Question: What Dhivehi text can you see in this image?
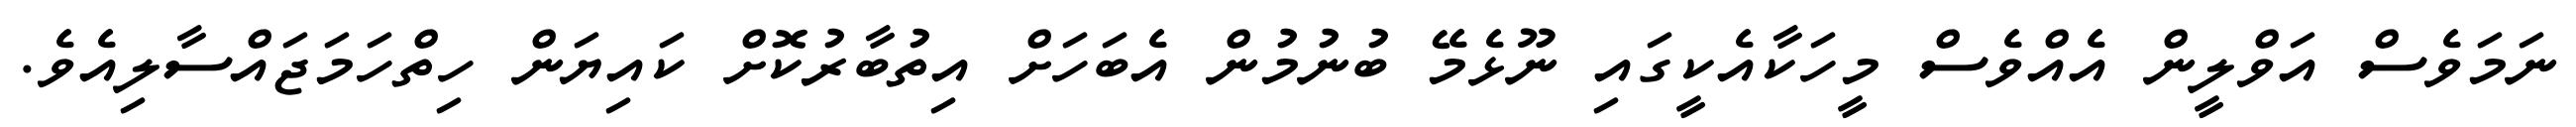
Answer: ނަމަވެސް އަވްލީން އެއްވެސް މީހަކާއެކީގައި ނޫޅެމޭ ބުނުމުން އެބަހަށް އިތުބާރުކޮށް ކައިޔަން ހިތްހަމަޖައްސާލިއެވެ.